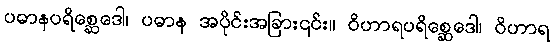
ပဓာနပရိစ္ဆေဒေါ၊ ပဓာန အပိုင်းအခြား၎င်း။ ဝိဟာရပရိစ္ဆေဒေါ၊ ဝိဟာရ